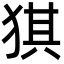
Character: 猉